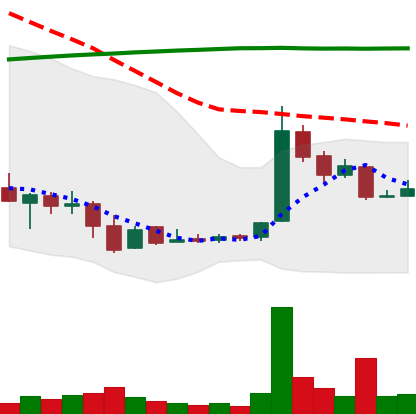
Ticker: LTC-USD
Chart end date: 2016-08-29
Forward return: 3.437%
Label: up_3_5